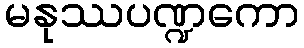
မနုဿပဏ္ဍကော